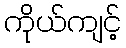
ကိုယ်ကျင့်